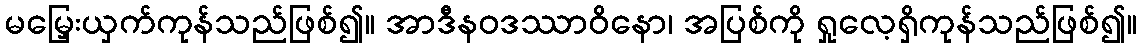
မမြှေးယှက်ကုန်သည်ဖြစ်၍။ အာဒီနဝဒဿာဝိနော၊ အပြစ်ကို ရှုလေ့ရှိကုန်သည်ဖြစ်၍။